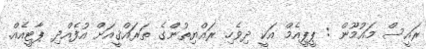
ރައީސް މައުމޫން : ޕީޕީއެމް އަކީ ދިވެހި ރައްޔިތުންގެ ތަރައްޤީއަށް އުފެއްދި ޕާޓީއެއް.